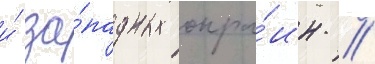
и́ за́падных окра́ин //